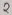
Text: 2